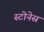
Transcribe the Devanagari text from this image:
स्टोनेस